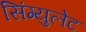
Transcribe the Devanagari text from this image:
सिंग्युलेट